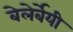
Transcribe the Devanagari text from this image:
बेलेर्बेयी